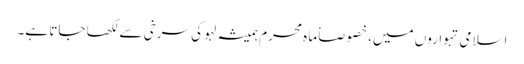
اسلامی تہواروں میں، خصوصاٗ ماہ محرم ہمیشہ لہو کی سرخی سے لکھا جاتا ہے۔